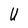
Character: U